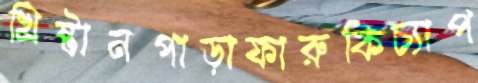
খ্রিষ্টানপাড়াফারুকিচ্যাপ